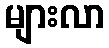
များလာ